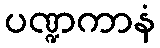
ပဏ္ဍကာနံ